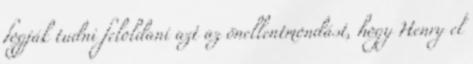
fogják tudni feloldani azt az önellentmondást, hogy Henry el